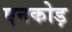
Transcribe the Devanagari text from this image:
एनकोड़